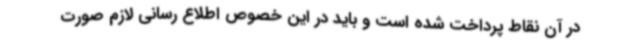
در آن نقاط پرداخت شده است و باید در این خصوص اطلاع رسانی لازم صورت